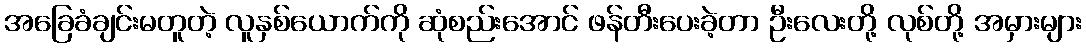
အခြေခံချင်းမတူတဲ့ လူနှစ်ယောက်ကို ဆုံစည်းအောင် ဖန်တီးပေးခဲ့တာ ဦးလေးတို့ လုစ်တို့ အမှားများ